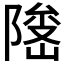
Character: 𱀫